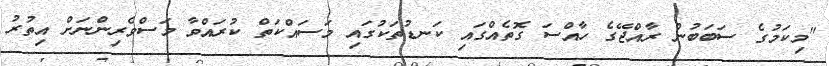
"މިކަމުގެ ސަބަބުން ރާއްޖޭގެ ހާއްސަ ގޮތެއްގައި ކަނޑުތަކުގައި މަސައްކަތް ކުރައްވާ މަސްވެރިންނަށް އިތުރު